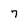
Character: 7